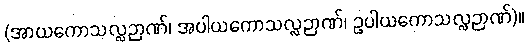
(အာယကောသလ္လဉာဏ်၊ အပါယကောသလ္လဉာဏ်၊ ဥပါယကောသလ္လဉာဏ်)။